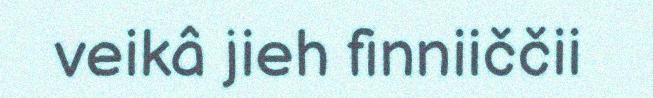
veikâ jieh finniiččii